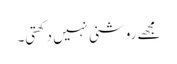
مجھے روشنی نہیں دِکھتی۔